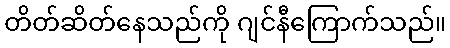
တိတ်ဆိတ်နေသည်ကို ဂျင်နီကြောက်သည်။